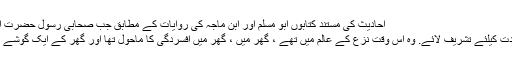
احادیث کی مستند کتابوں ابو مسلم اور ابن ماجہ کی روایات کے مطابق جب صحابی رسولؐ حضرت ابو سلمہؓ کا آخری وقت آیا
تو رسول کریمؐ ان کی عیادت کیلئے تشریف لائے. وہ اس وقت نزع کے عالم میں تھے ، گھر میں ، گھر میں افسردگی کا ماحول تھا اور گھر کے ایک گوشے میں خواتین رو رہی تھیں۔